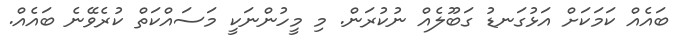
ބައެއް ކަމަކަށް އަޅުގަނޑު ގަބޫލެއް ނުކުރަން. މި މީހުންނަކީ މަސައްކަތް ކުރެވޭނެ ބައެއް.